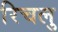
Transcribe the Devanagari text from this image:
रिचलु